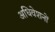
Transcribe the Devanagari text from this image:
अधिवेशनोँ